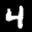
Label: 4